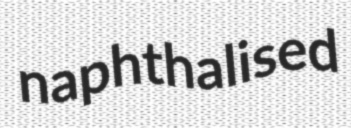
naphthalised